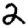
Digit: 2